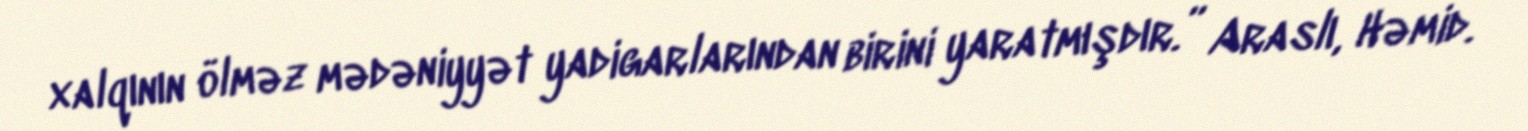
xalqının ölməz mədəniyyət yadigarlarından birini yaratmışdır.” Araslı, Həmid.